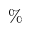
\%